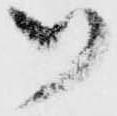
御